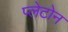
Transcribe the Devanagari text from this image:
प्लेटोन